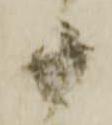
十